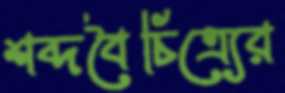
শব্দবৈচিত্র্যের